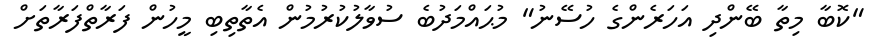
"ކޮބާ މިތާ ބޭންދި އަހަރެންގެ ހުސޭނު" މުޙައްމަދުބެ ސުވާލުކުރުމުން އެތާތިބި މީހުން ފަރާތްފަރާތަށް